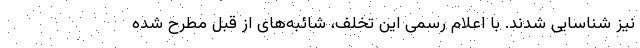
نیز شناسایی شدند. با اعلام رسمی این تخلف، شائبه‌های از قبل مطرح شده